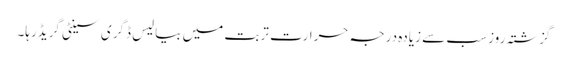
گزشتہ روز سب سے زیادہ درجہ حرارت تربت میں بیالیس ڈگری سینٹی گریڈرہا۔